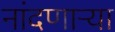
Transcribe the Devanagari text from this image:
नांदणाऱ्या